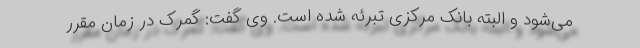
می‌شود و البته بانک مرکزی تبرئه شده است. وی گفت: گمرک در زمان مقرر